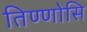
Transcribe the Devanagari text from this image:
तिण्णोसि